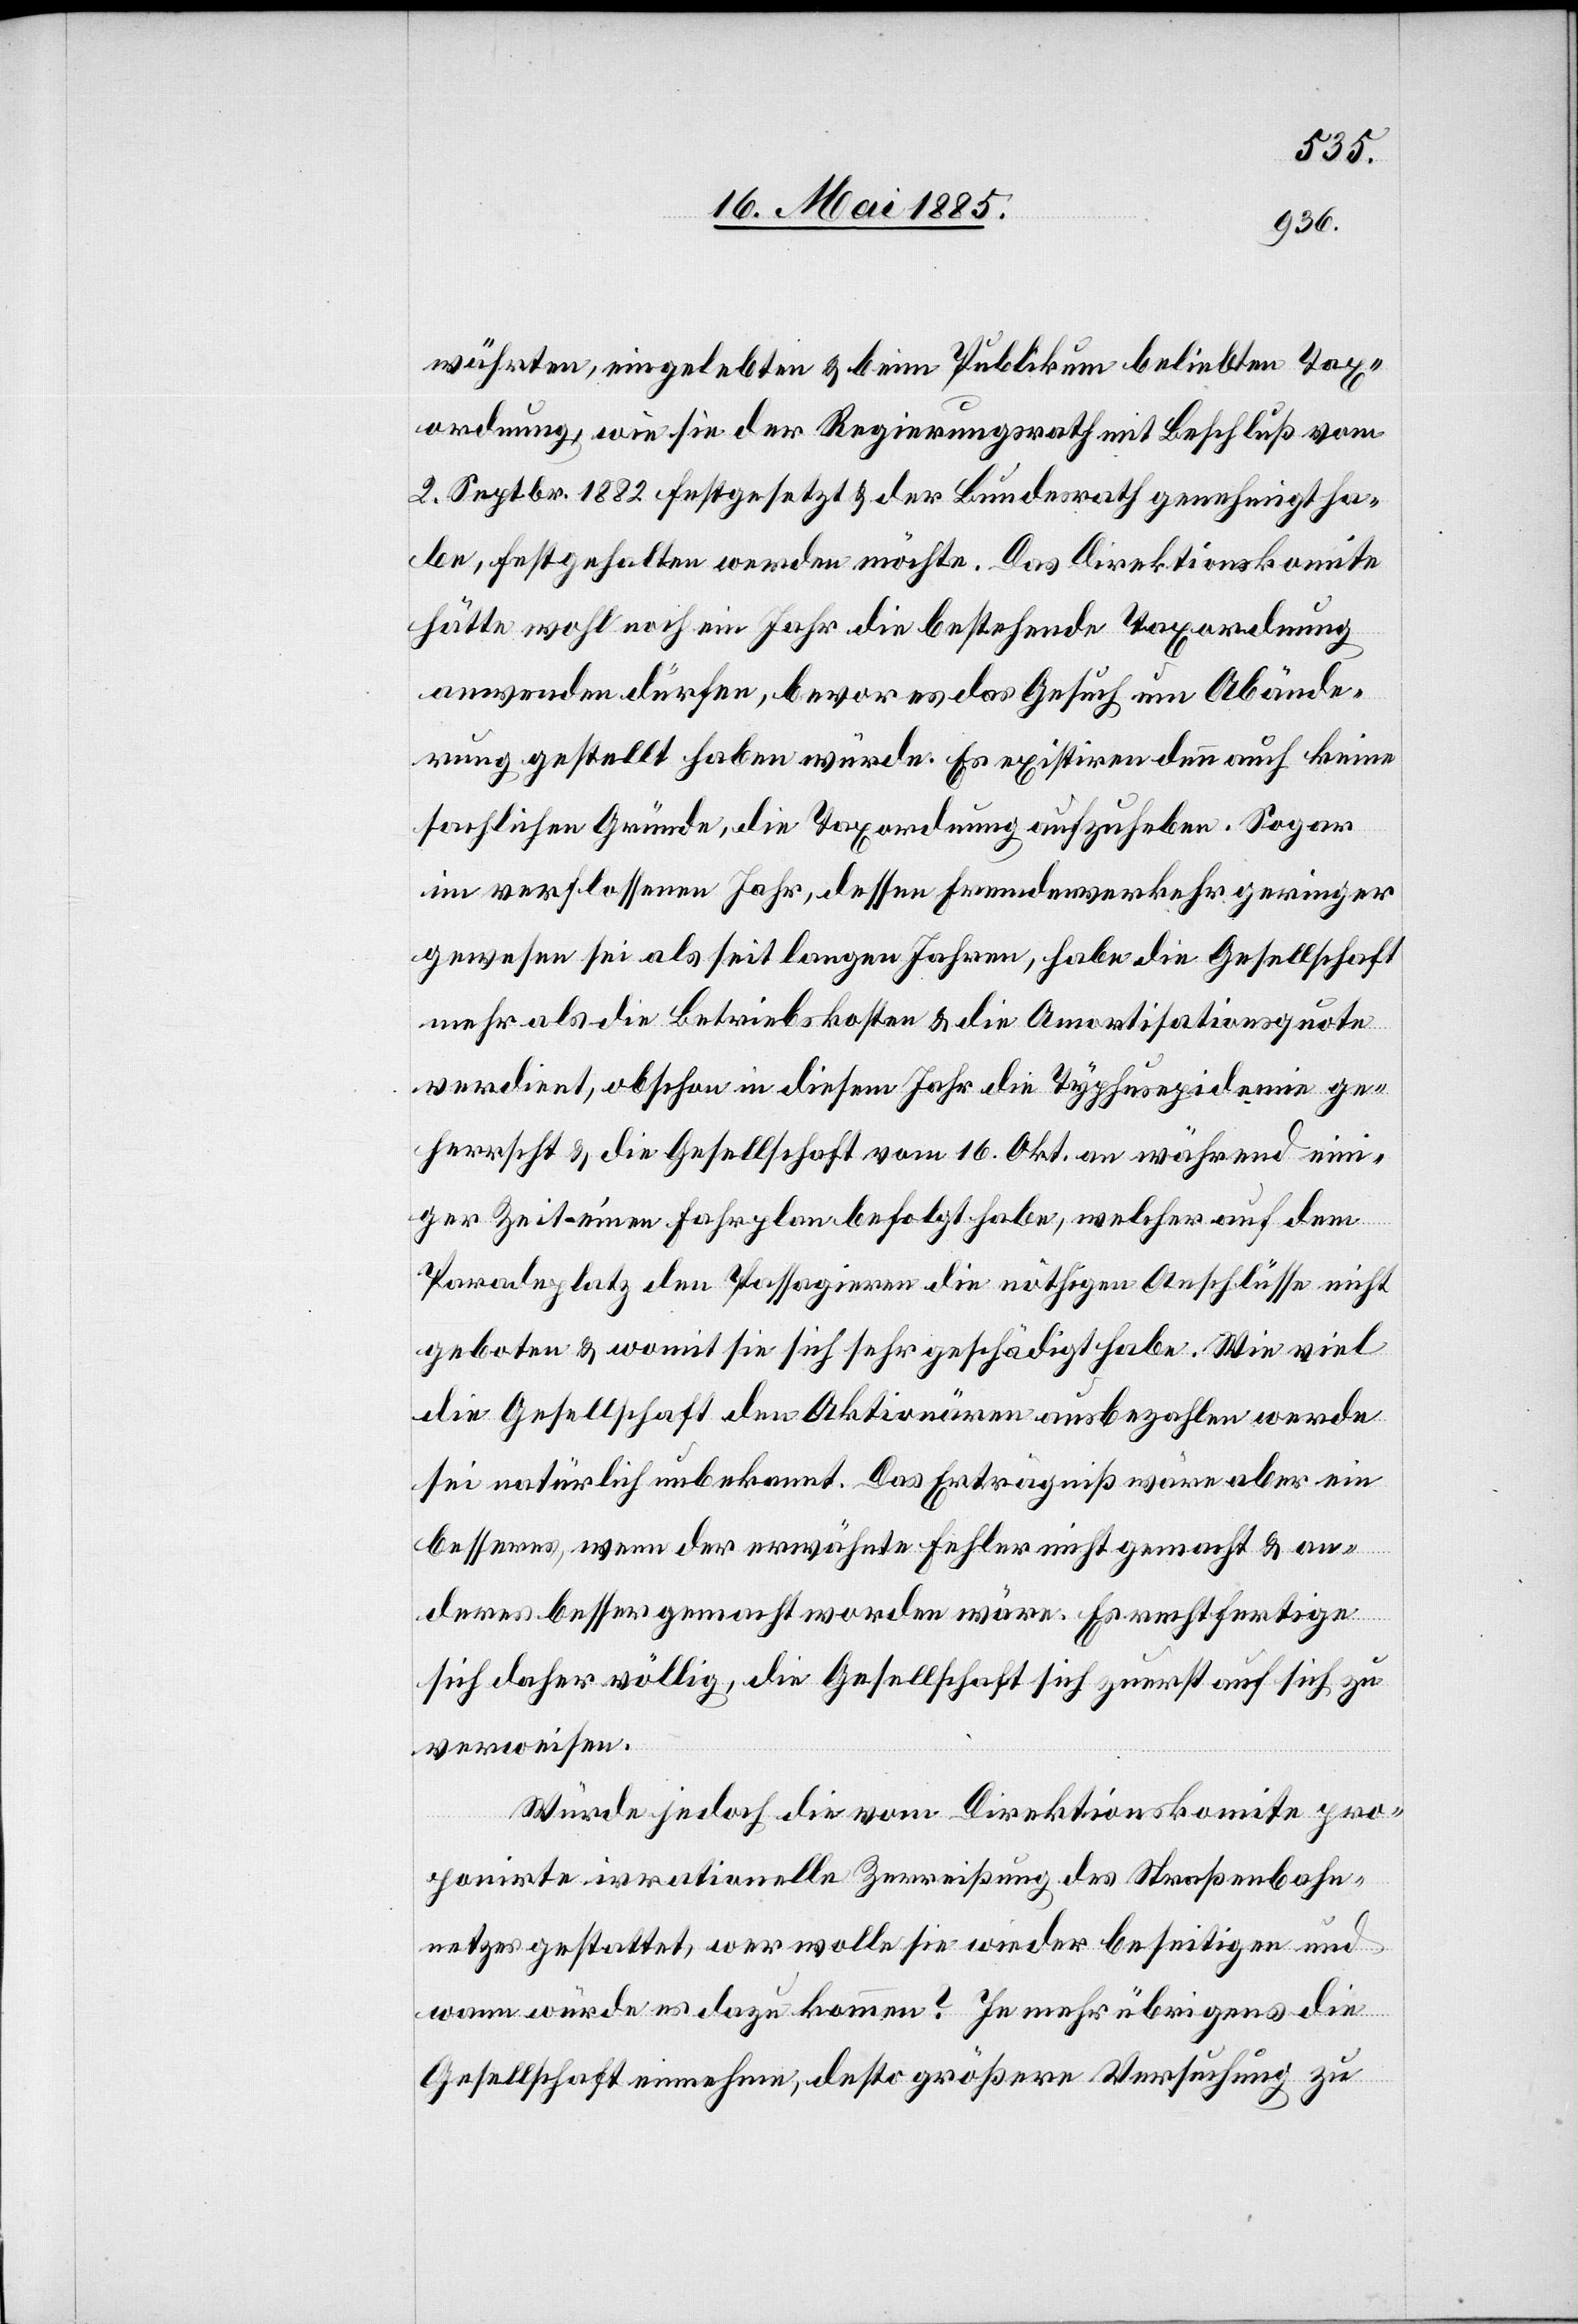
währten, eingelebten & beim Publikum beliebten Tax¬
ordnung, wie sie der Regierungsrath mit Beschluß vom
2. Septbr. 1882 festgesetzt & der Bundesrath genehmigt ha¬
be, festgehalten werden möchte. Das Direktionskomite
hätte wohl noch ein Jahr die bestehende Taxordnung
anwenden dürfen, bevor es das Gesuch um Abände¬
rung gestellt haben würde. Es existiren denn auch keine
sachlichen Gründe, die Taxordnung aufzuheben. Sogar
im verflossenen Jahr, dessen Fremdenverkehr geringer
gewesen sei als seit langen Jahren, habe die Gesellschaft
mehr als die Betriebskosten & die Amortisationsquote
verdient, obschon in diesem Jahr die Typhusepidemie ge¬
herrscht & die Gesellschaft vom 16 Okt. an während eini¬
ger Zeit einen Fahrplan befolgt habe, welcher auf dem
Paradeplatz den Passagieren die nöthigen Anschlüsse nicht
geboten & womit sie sich sehr geschädigt habe. Wie viel
die Gesellschaft den Aktionären ausbezahlen werde
sei natürlich unbekannt. Das Erträgniß wäre aber ein
besseres, wenn der erwähnte Fehler nicht gemacht & an¬
deres besser gemacht worden wäre. Es rechtfertige
sich daher völlig, die Gesellschaft sich [sic!] zuerst auf sich zu
verweisen.
Würde jedoch die vom Direktionskomite pro¬
ponirte irrationelle Zuweisung des Straßenbahn¬
netzes gestattet, wer wolle sie wieder beseitigen und
wann würde es dazu kommen? Je mehr übrigens die
Gesellschaft einnehme, desto größere Versuchung zu